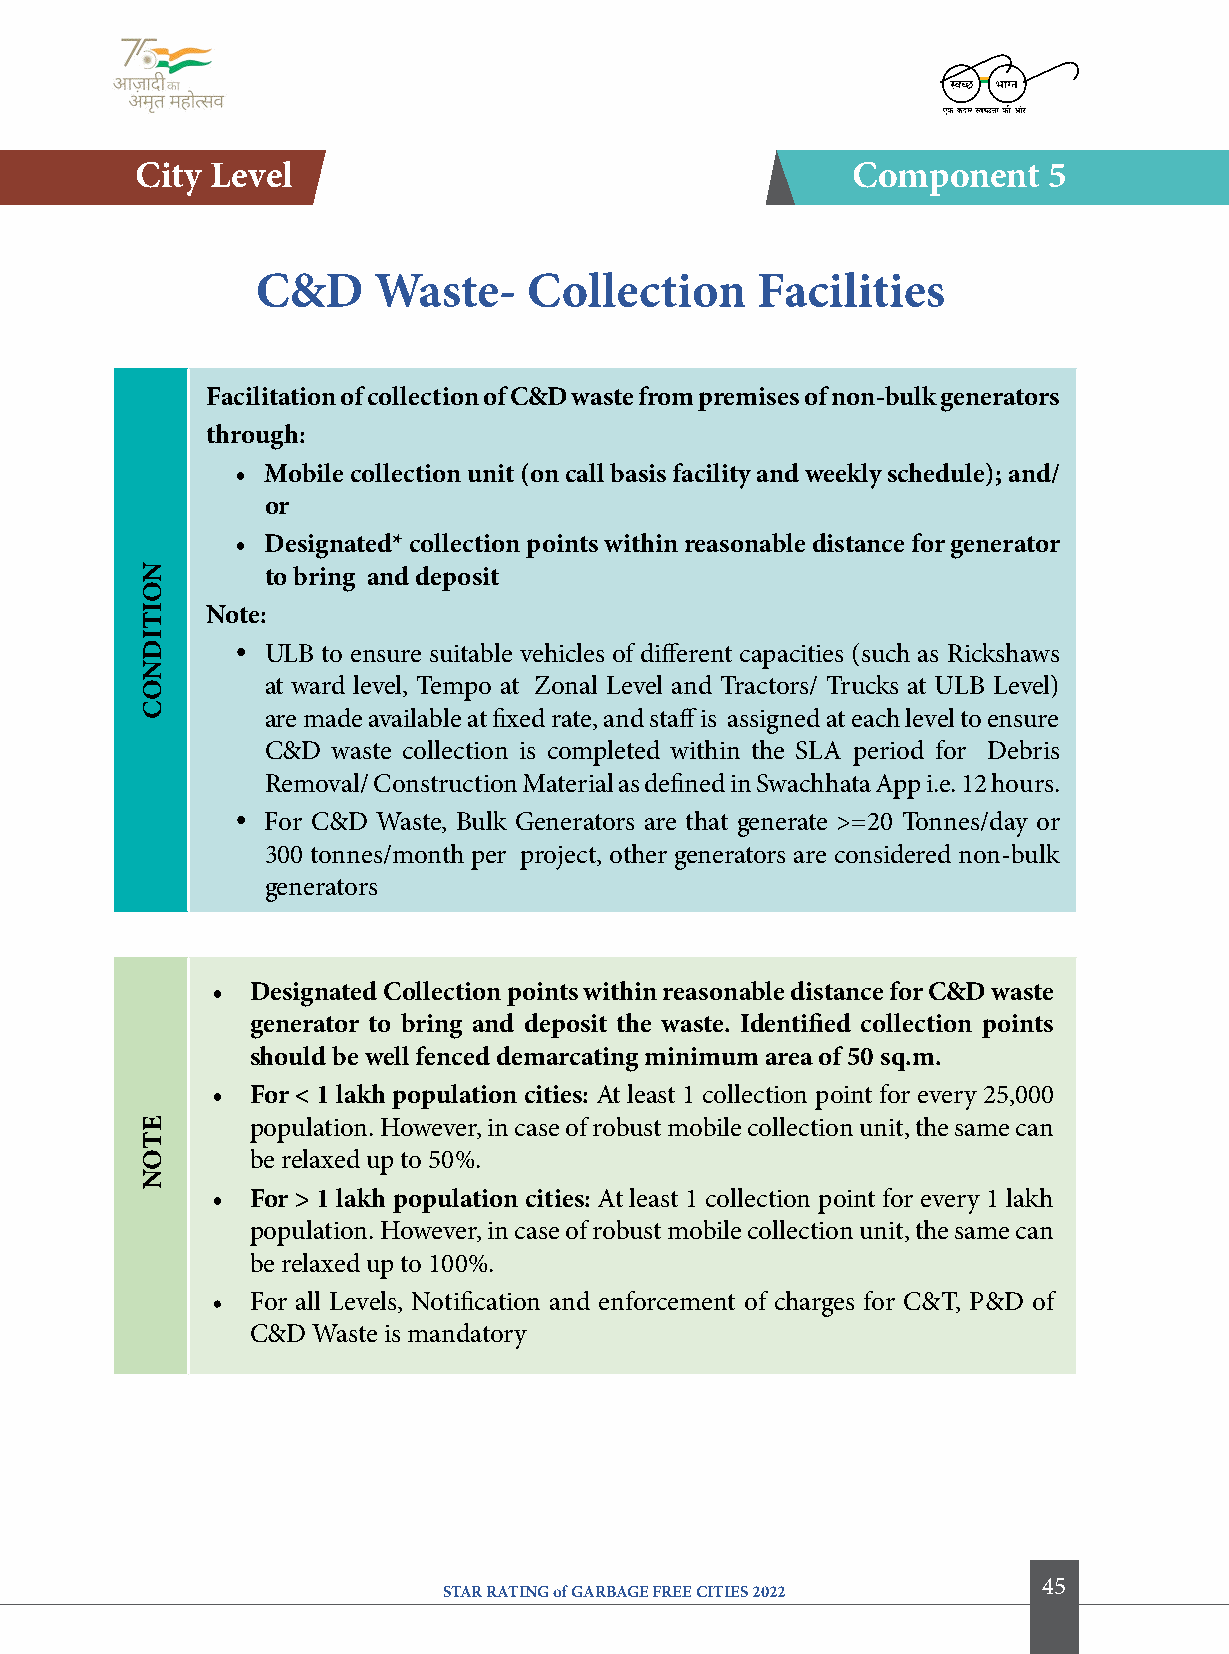
city level                                     component    5
 c&D     Waste-    collection     facilities
 facilitation of collection of c&D waste from premises of non-bulk generators
 through:
 • Mobile collection unit (on call basis facility and weekly schedule); and/
 or
 • Designated* collection points within reasonable distance for generator
 to bring and deposit
 Note:
  ULB to ensure suitable vehicles of different capacities (such as Rickshaws
 at ward level, Tempo at Zonal Level and Tractors/ Trucks at ULB Level)
 are made available at fixed rate, and staff is assigned at each level to ensure
 C&D waste collection is completed within the SLA period for Debris
 Removal/ Construction Material as defined in Swachhata App i.e. 12 hours.
  For C&D Waste, Bulk Generators are that generate >=20 Tonnes/day or
 300 tonnes/month per project, other generators are considered non-bulk
 generators
 •  Designated collection points within reasonable distance for c&D waste
 generator to bring and deposit the waste. identified collection points
 should be well fenced demarcating minimum area of 50 sq.m.
 •  for < 1 lakh population cities: At least 1 collection point for every 25,000
 population. However, in case of robust mobile collection unit, the same can
 be relaxed up to 50%.
 •  for > 1 lakh population cities: At least 1 collection point for every 1 lakh
 population. However, in case of robust mobile collection unit, the same can
 be relaxed up to 100%.
 •  For all Levels, Notification and enforcement of charges for C&T, P&D of
 C&D Waste is mandatory
 45
 STAR RATING of GARBAGE FREE CITIES 2022
 NoitiDNoc
 etoN